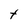
Character: t